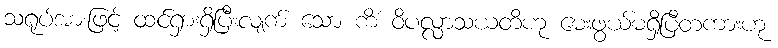
သရုပ်အားဖြင့် ထင်ရှားရှိပြီးလျက် သော ကိံ ဝိပလ္လာသယတိဟု မေးဖွယ်မရှိပြီတကားဟု